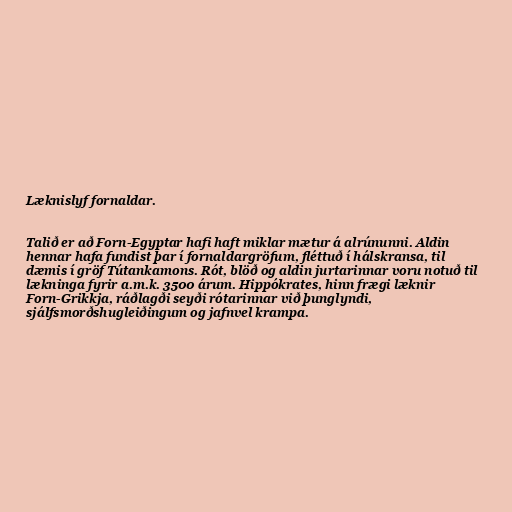
Læknislyf fornaldar.

Talið er að Forn-Egyptar hafi haft miklar mætur á alrúnunni. Aldin
hennar hafa fundist þar í fornaldargröfum, fléttuð í hálskransa, til
dæmis í gröf Tútankamons. Rót, blöð og aldin jurtarinnar voru notuð til
lækninga fyrir a.m.k. 3500 árum. Hippókrates, hinn frægi læknir
Forn-Grikkja, ráðlagði seyði rótarinnar við þunglyndi,
sjálfsmorðshugleiðingum og jafnvel krampa.